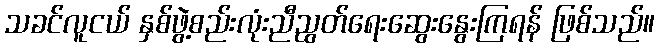
သခင်လူငယ် နှစ်ဖွဲ့စည်းလုံးညီညွတ်ရေးဆွေးနွေးကြရန် ဖြစ်သည်။